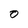
Character: O